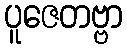
ပူဇေတဗ္ဗာ